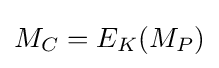
M_{C}=E_{K}(M_{P})